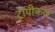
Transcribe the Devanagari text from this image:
ट्रॉपीकल